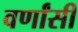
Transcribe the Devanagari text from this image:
वर्णांसी